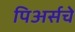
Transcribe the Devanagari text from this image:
पिअर्सचे